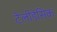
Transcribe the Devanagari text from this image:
टेलीडेसिक